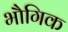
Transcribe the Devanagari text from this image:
भौगिक